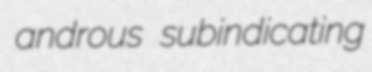
androus subindicating